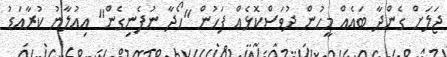
ޖަލަށް ގެންދާ ބައެއް މީހުން ދުވަސްކޮޅެއް ފަހުން "ހޯދާ ނުފެނިގެން" އިއުލާނު ކުރާއަޑު